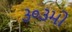
૩૦૩મો